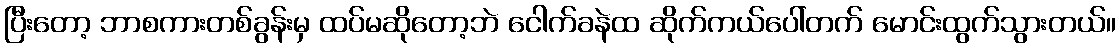
ပြီးတော့ ဘာစကားတစ်ခွန်းမှ ထပ်မဆိုတော့ဘဲ ငေါက်ခနဲထ ဆိုက်ကယ်ပေါ်တက် မောင်းထွက်သွားတယ်။